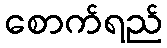
စောက်ရည်